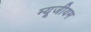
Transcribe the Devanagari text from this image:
म्‍यूजीयम